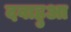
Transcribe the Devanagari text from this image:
दबाहुआ